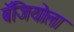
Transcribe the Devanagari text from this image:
बॅजियोला